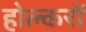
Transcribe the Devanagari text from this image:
होल्करों